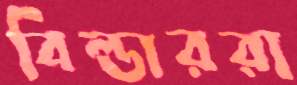
বিল্ডাররা